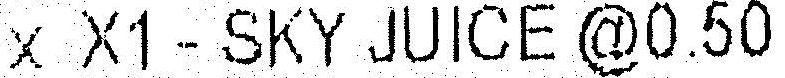
X X1 - SKY JUICE @0.50